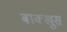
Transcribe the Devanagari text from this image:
बाक्खुस